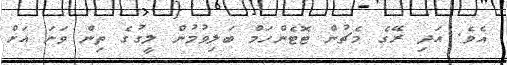
އެވެ. އަދި ރޭގެ މެޗުން ޓޮޓެންހަމް ބަލިވުމުން ލީގުގެ ތިން ވަނަ އަށް